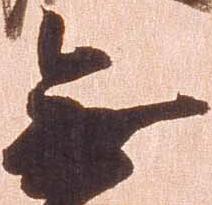
無